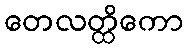
တေလတ္ထိကော